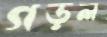
গড়ল